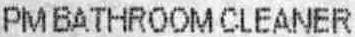
PM BATHROOM CLEANER